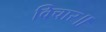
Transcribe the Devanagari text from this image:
विचार॥